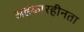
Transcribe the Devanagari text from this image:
अहंकारहीनता